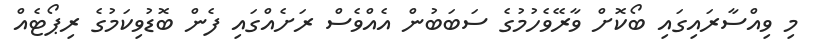
މި ވިއްސާރައިގައި ބޯކޮށް ވާރޭވެހުމުގެ ސަބަބުން އެއްވެސް ރަށެއްގައި ފެން ބޮޑުވިކަމުގެ ރިޕޯޓެއް